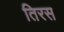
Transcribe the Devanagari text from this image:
तिरस